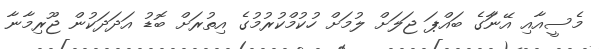
މެސީއާއި އޭނާަގެ ބައްޕަ ޖަލަށް ލުމަށް ހުކުމްކުރުމުގެ އިތުރަށް ބޮޑު އަދަދަކުން ޖޫރިމާނާ